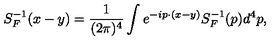
S _ { F } ^ { - 1 } ( x - y ) = { \frac { 1 } { ( 2 \pi ) ^ { 4 } } } \int e ^ { - i p \cdot ( x - y ) } S _ { F } ^ { - 1 } ( p ) d ^ { 4 } p ,